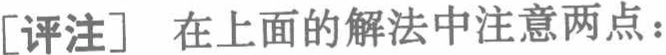
[评注] 在上面的解法中注意两点：